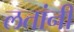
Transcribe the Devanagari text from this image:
लतांनी